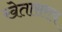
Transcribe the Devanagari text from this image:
खेतासराय